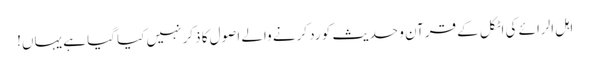
اہل الرائے کی اٹکل کے قرآن و حدیث کو رد کرنے والے اصول کا ذکر نہیں کیا گیا ہے یہاں!